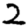
Digit: 2